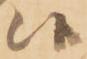
候